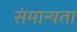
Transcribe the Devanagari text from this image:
संमान्यता